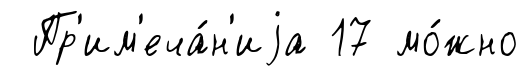
Пр'им'еча́н'иjа 17 мо́жно